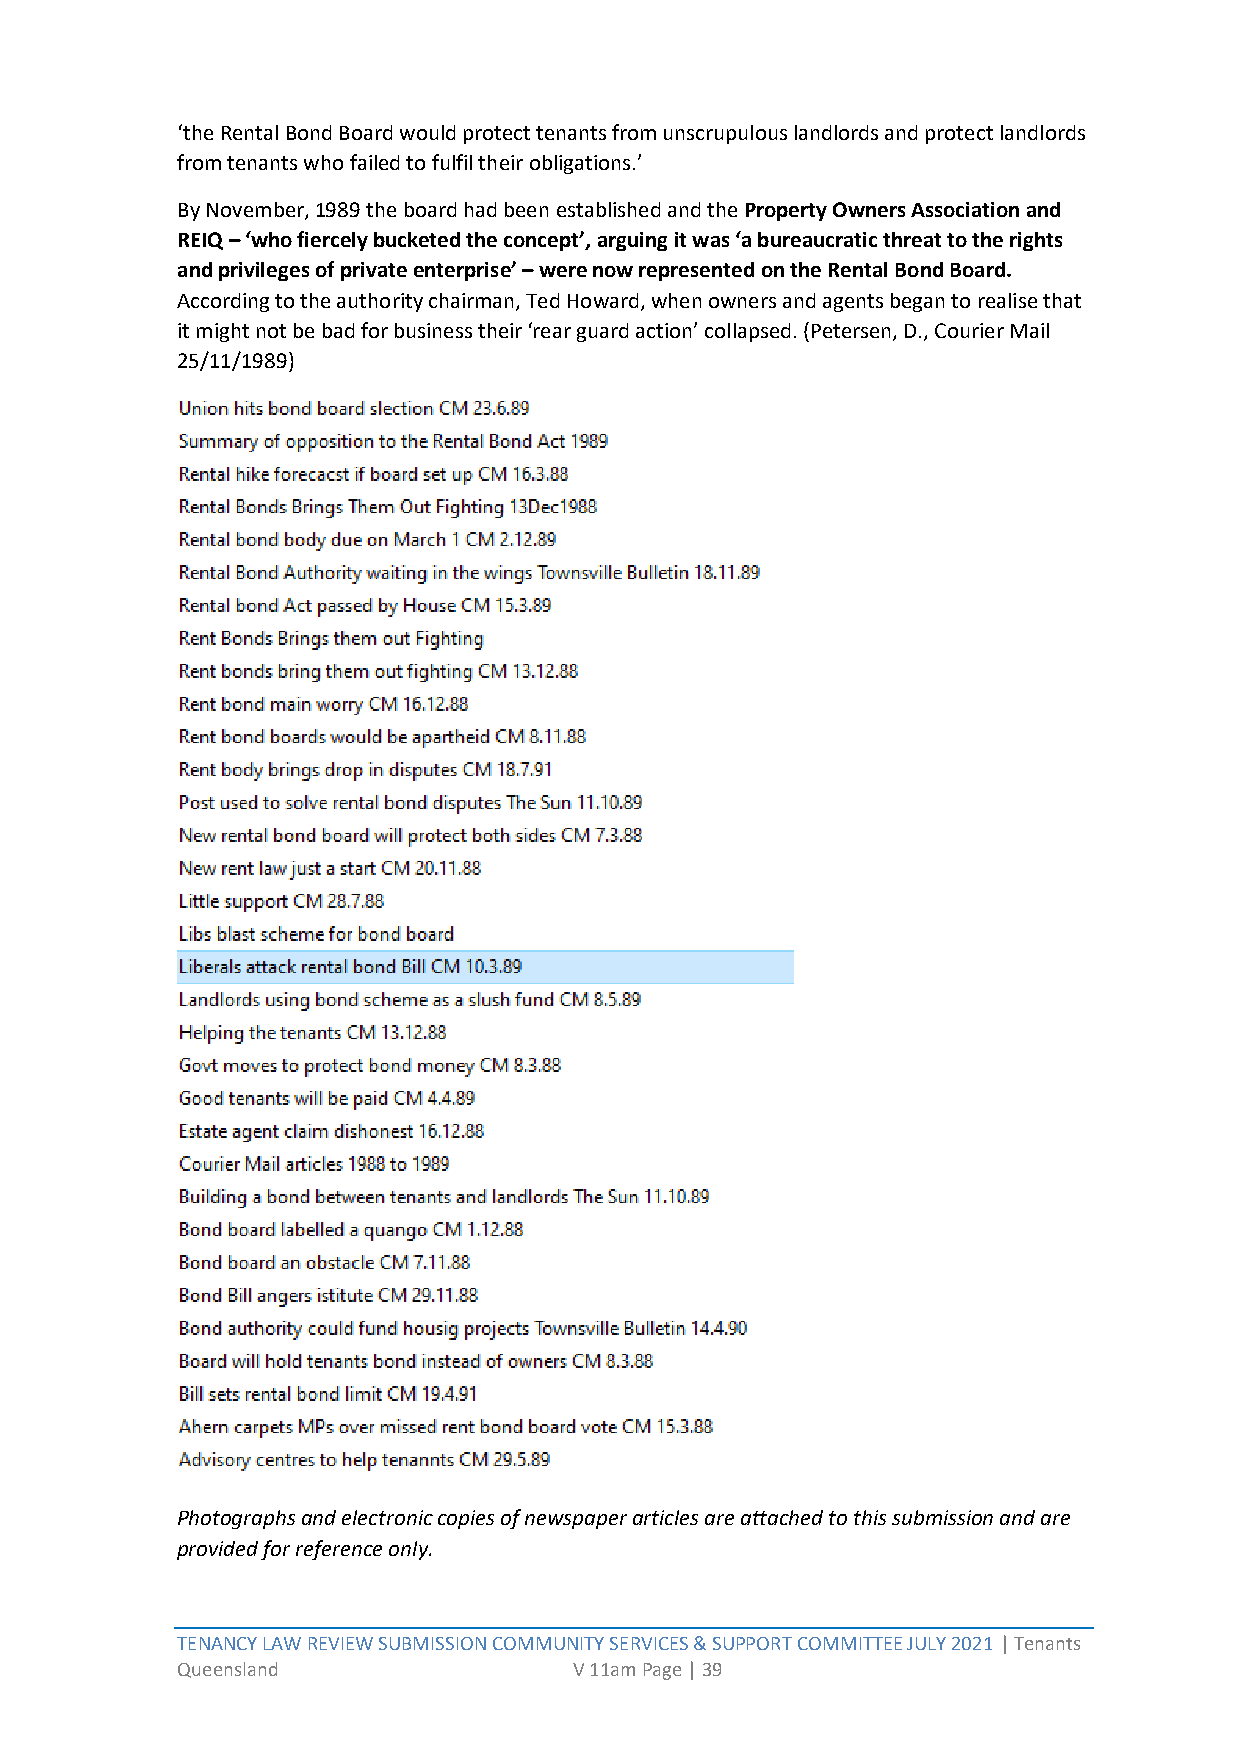
‘the Rental Bond Board would protect tenants from unscrupulous landlords and protect landlords
 from tenants who failed to fulfil their obligations.’
 By November, 1989 the board had been established and the Property Owners Association and
 REIQ – ‘who fiercely bucketed the concept’, arguing it was ‘a bureaucratic threat to the rights
 and privileges of private enterprise’ – were now represented on the Rental Bond Board.
 According to the authority chairman, Ted Howard, when owners and agents began to realise that
 it might not be bad for business their ‘rear guard action’ collapsed. (Petersen, D., Courier Mail
 25/11/1989)
 Photographs and electronic copies of newspaper articles are attached to this submission and are
 provided for reference only.
 TENANCY LAW REVIEW SUBMISSION COMMUNITY SERVICES & SUPPORT COMMITTEE JULY 2021 | Tenants
 Queensland                V 11am Page | 39